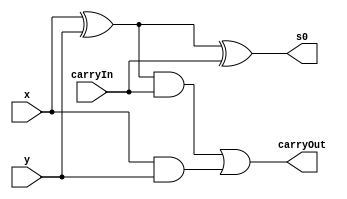
// --------------------------------------------- 
// Exemplo0033 
// Nome: Miller 
// ---------------------------------------------
// Exercicio 3 - Incremento de 1
// ---------------------------------------------

module fullAdder (output s0, output carryOut, 
                  input x,input y, input carryIn);
						
assign s0 = (x^y)^carryIn;
assign carryOut = (((x^y)&carryIn)|(x&y));

endmodule

module unir(output[4:0] s, input a, input b, input c, input d, input e);
assign s[0] = e;
assign s[1] = d;
assign s[2] = c;
assign s[3] = b;
assign s[4] = a;

endmodule

module Main;

reg [3:0]a, b;
reg ci;
wire s0, s1, s2, s3;
wire co0, co1, co2, co3;
wire[4:0] Sf;

fullAdder A(s0, co0, a[0], b[0], ci);
fullAdder B(s1, co1, a[1], b[1], co0);
fullAdder C(s2, co2, a[2], b[2], co1);
fullAdder D(s3, co3, a[3], b[3], co2);

unir T(Sf, co3, s3, s2, s1, s0);

initial begin:start 
a=4'b0000; b=4'b0000;
ci=1'b1;
end

initial begin
$display("Exemplo0033 - Miller - 449048"); 
$display("Incremento de 1");
$display("");
$monitor("%b = %b", a, Sf );

#1	a=4'b0101; 
#1	a=4'b1100;
#1	a=4'b0010;
#1	a=4'b1010;
#1	a=4'b0110;
#1	a=4'b0010;
#1	a=4'b1111;
#1	a=4'b0000;
#1	a=4'b0001;

end
endmodule